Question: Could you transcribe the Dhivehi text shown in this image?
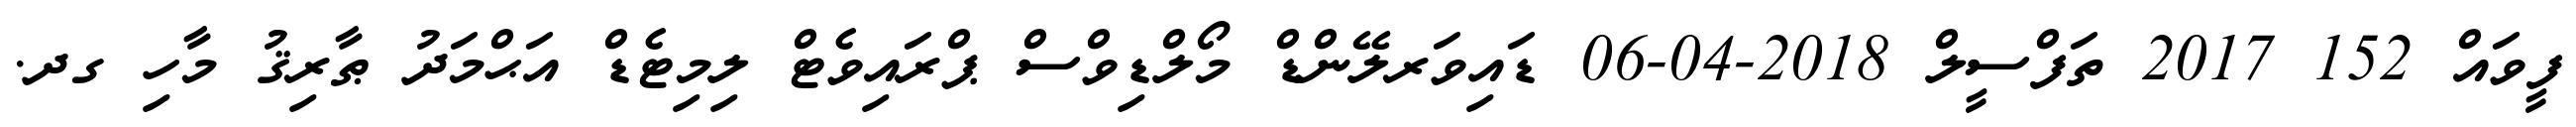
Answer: ފީވައް 152 2017 ތަފްސީލް 2018-04-06 ޑައިވަރލޭންޑް މޯލްޑިވްސް ޕްރައިވެޓް ލިމިޓެޑް އަޙްމަދު ޠާރިޤު މާހި ގދ.